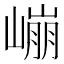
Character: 𰎱